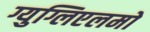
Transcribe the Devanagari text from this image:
ग्युग्लिएलमो